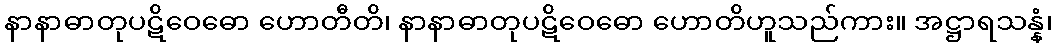
နာနာဓာတုပဋိဝေဓော ဟောတီတိ၊ နာနာဓာတုပဋိဝေဓော ဟောတိဟူသည်ကား။ အဋ္ဌာရသန္နံ၊